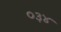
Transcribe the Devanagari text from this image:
०३४